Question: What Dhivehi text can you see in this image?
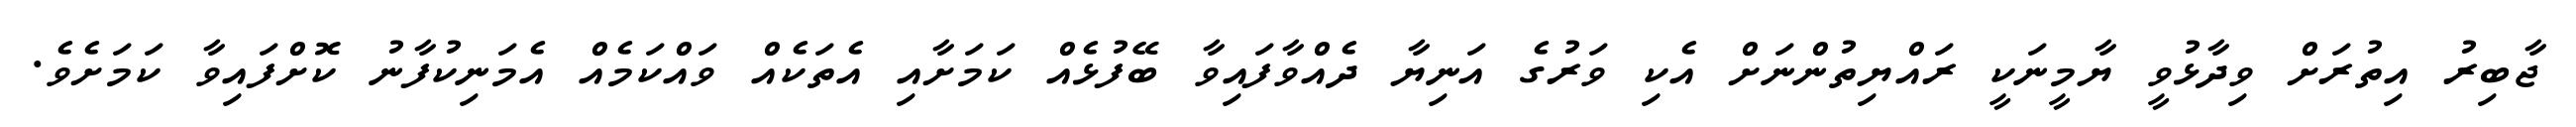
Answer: ޖާބިރު އިތުރަށް ވިދާޅުވީ ޔާމީނަކީ ރައްޔިތުންނަށް އެކި ވަރުގެ އަނިޔާ ދެއްވާފައިވާ ބޭފުޅެއް ކަމަށާއި އެތަކެއް ވައްކަމެއް އެމަނިކުފާނު ކޮށްފައިވާ ކަމަށެވެ.